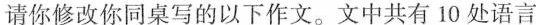
请你修改你同桌写的以下作文.文中共有 10 处语言